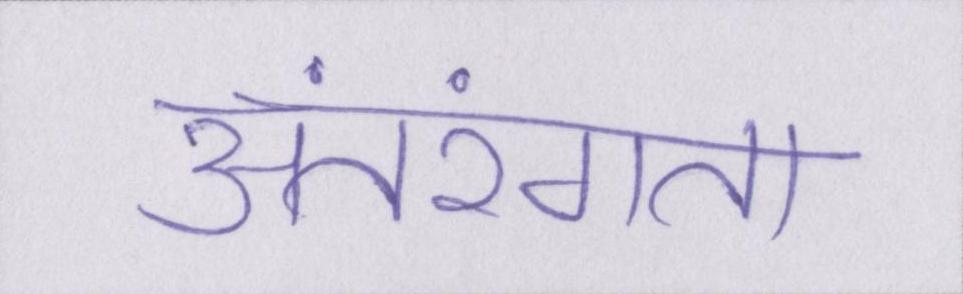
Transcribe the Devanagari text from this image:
अंतरंगता